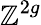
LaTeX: \mathbb{Z}^{2g}